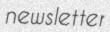
newsletter